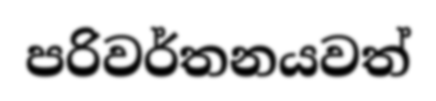
පරිවර්තනයවත්